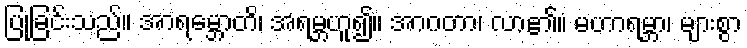
ပြုခြင်းသည်။ အာရမ္ဘောတိ၊ အရမ္ဘဟူ၍။ အာဂတာ၊ လာ၏။ မဟာရမ္ဘာ၊ များစွာ